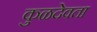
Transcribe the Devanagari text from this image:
कुळदेवता